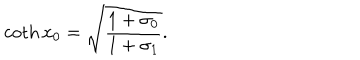
\coth x _ { 0 } = \sqrt { \frac { 1 + \sigma _ { 0 } } { 1 + \sigma _ { 1 } } } .